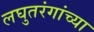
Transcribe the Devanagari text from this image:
लघुतरंगांच्या